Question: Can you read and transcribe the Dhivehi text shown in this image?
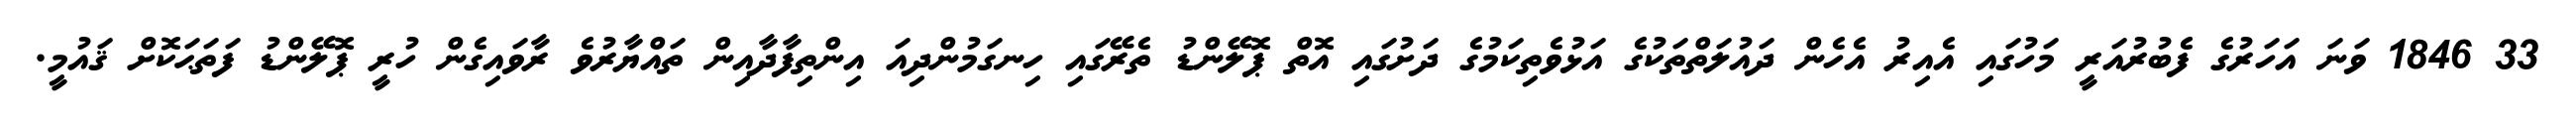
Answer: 33 1846 ވަނަ އަހަރުގެ ފެބުރުއަރީ މަހުގައި އެއިރު އެހެން ދައުލަތްތަކުގެ އަޅުވެތިކަމުގެ ދަށުގައި އޮތް ޕޮލޭންޑު ތެރޭގައި ހިނގަމުންދިއަ އިންތިފާދާއިން ތައްޔާރުވެ ރާވައިގެން ހުރީ ޕޮލޭންޑު ފަތަޙަކޮށް ޤައުމީ.